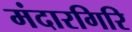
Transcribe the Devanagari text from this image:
मंदारगिरि